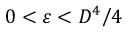
0 < \varepsilon < D ^ { 4 } \big / 4